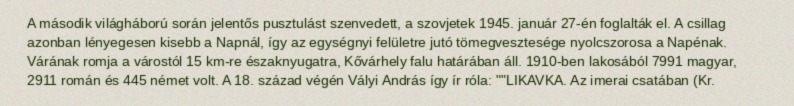
A második világháború során jelentős pusztulást szenvedett, a szovjetek 1945. január 27-én foglalták el. A csillag azonban lényegesen kisebb a Napnál, így az egységnyi felületre jutó tömegvesztesége nyolcszorosa a Napénak. Várának romja a várostól 15 km-re északnyugatra, Kővárhely falu határában áll. 1910-ben lakosából 7991 magyar, 2911 román és 445 német volt. A 18. század végén Vályi András így ír róla: ""LIKAVKA. Az imerai csatában (Kr.